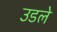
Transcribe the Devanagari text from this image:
उडले